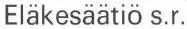
Eläkesäätiö s.r.